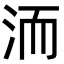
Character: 洏